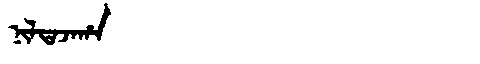
Manchu: ᠨᡳᠯᡨᠠᠵᠠᡥᠠ
Romanization: NILTAJAHA